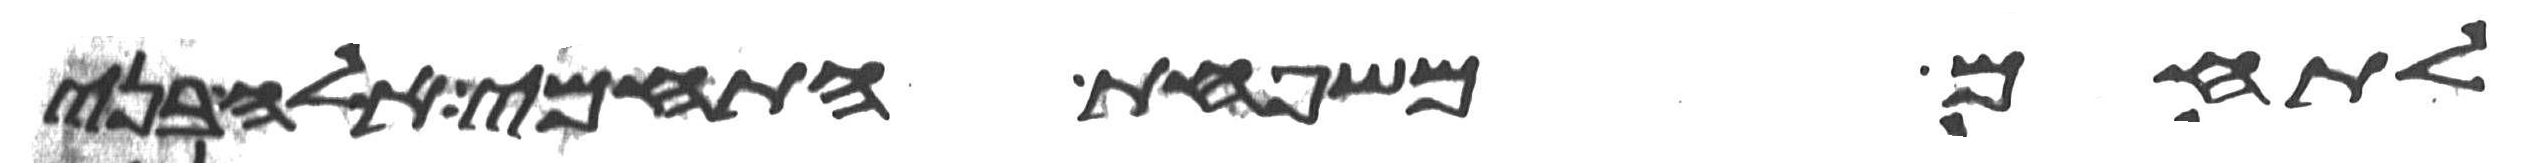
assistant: לתחם משפחת התחמי אלה בני